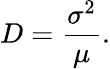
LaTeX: D={\frac{\sigma^{2}}{\mu}}.